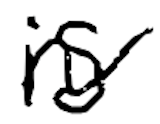
Text: is
Cross-out: wave
Writing tool: digital_black